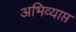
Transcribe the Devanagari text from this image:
अभिव्याप्त